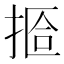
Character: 𫽆